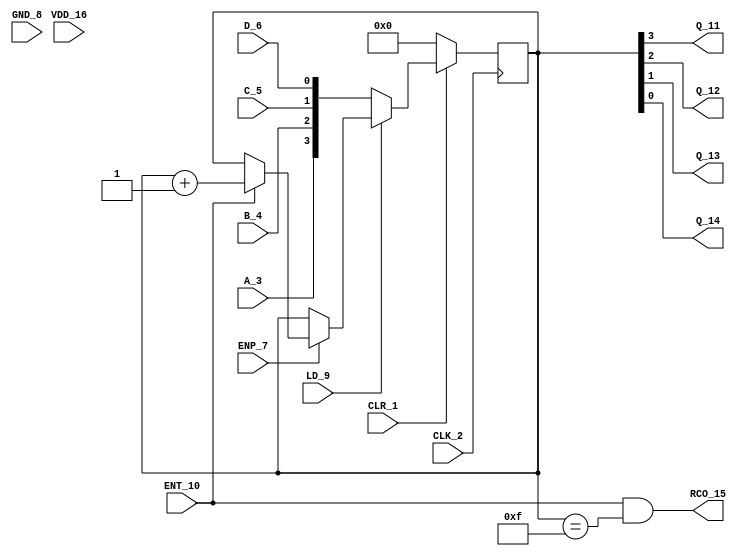
module contador74163 (
    CLR_1, CLK_2, A_3, B_4, C_5, D_6, ENP_7, GND_8, LD_9, ENT_10, Q_11, Q_12, Q_13, Q_14, RCO_15, VDD_16
);
  input CLR_1, CLK_2, A_3, B_4, C_5, D_6, ENP_7, GND_8, LD_9, ENT_10, VDD_16;
  output Q_11, Q_12, Q_13, Q_14, RCO_15;


  reg [3:0] Q_11to14;


  assign Q_11 = Q_11to14[3];
  assign Q_12 = Q_11to14[2];
  assign Q_13 = Q_11to14[1];
  assign Q_14 = Q_11to14[0];


  assign RCO_15 = ENT_10 && (Q_11to14 == 4'b1111);


  always @(posedge CLK_2) begin
    case (CLR_1)
      1'b1: case (LD_9)
        1'b1: case (ENP_7)
          1'b1: case (ENT_10)
            1'b1: Q_11to14 <= Q_11to14 + 4'b0001;
            default: Q_11to14 <= Q_11to14;
          endcase
          default: Q_11to14 <= Q_11to14;
        endcase
       
        default: Q_11to14 <= {A_3, B_4, C_5, D_6};
      endcase
      default: Q_11to14 <= 4'b0000;
    endcase
  end
endmodule